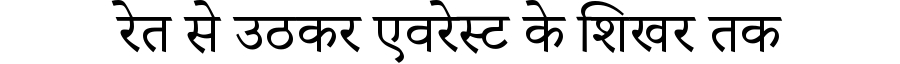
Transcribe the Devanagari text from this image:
रेत से उठकर एवरेस्ट के शिखर तक